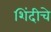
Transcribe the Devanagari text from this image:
शिंदीचे